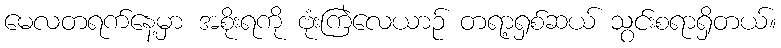
မေလတရက်နေ့မှာ အစိုးရကို ဗုံးကြဲလေယာဉ် တရာ့ရှစ်ဆယ် သွင်းစရာရှိတယ်။